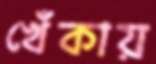
খেঁকায়